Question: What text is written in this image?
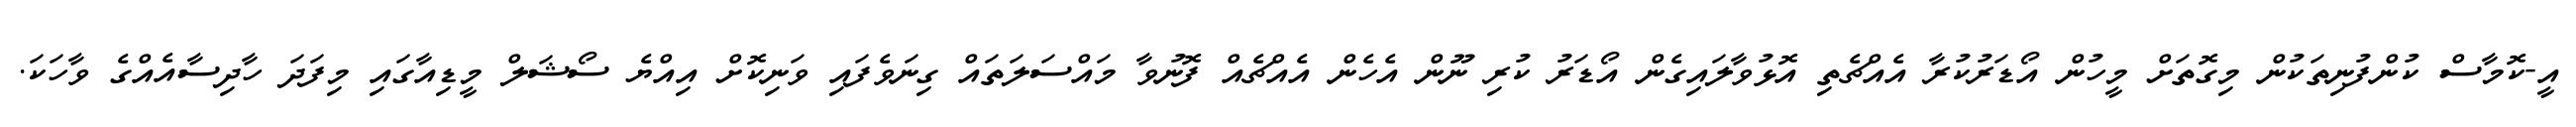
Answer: އީ-ކޮމާސް ކުންފުނިތަކުން މިގޮތަށް މީހުން އޯޑަރުކުރާ އެއްޗެތި އޮޅުވާލައިގެން އޯޑަރު ކުރި ނޫން އެހެން އެއްޗެއް ފޮނުވާ މައްސަލަތައް ގިނަވެފައި ވަނިކޮށް އިއްޔެ ސޯޝަލް މީޑިއާގައި މިފަދަ ހާދިސާއެއްގެ ވާހަކަ.